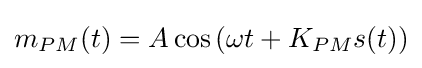
m_{PM}(t)=A\cos \left(\omega t+K_{PM}s(t)\right)